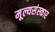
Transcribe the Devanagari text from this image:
मूल्यसंस्कार